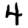
Digit: 4